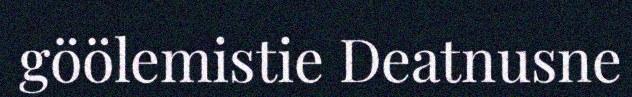
göölemistie Deatnusne